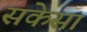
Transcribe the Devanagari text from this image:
सकेसा